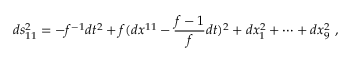
d s _ { 1 1 } ^ { 2 } = - f ^ { - 1 } d t ^ { 2 } + f ( d x ^ { 1 1 } - \frac { f - 1 } { f } d t ) ^ { 2 } + d x _ { 1 } ^ { 2 } + \cdots + d x _ { 9 } ^ { 2 } ~ ,